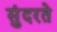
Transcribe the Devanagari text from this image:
सुंदरते